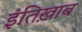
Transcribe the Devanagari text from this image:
इंतिख़ाब